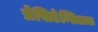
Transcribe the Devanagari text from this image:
प्रेसिडेन्सिअल